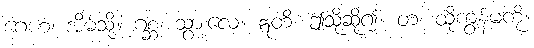
ဂေဟံ၊ အိမ်သို့။ ဂစ္ဆ၊ သွားလေ။ ဣတိ၊ ဤသို့ဆို၍။ တံ၊ ထိုကျွန်မကို။